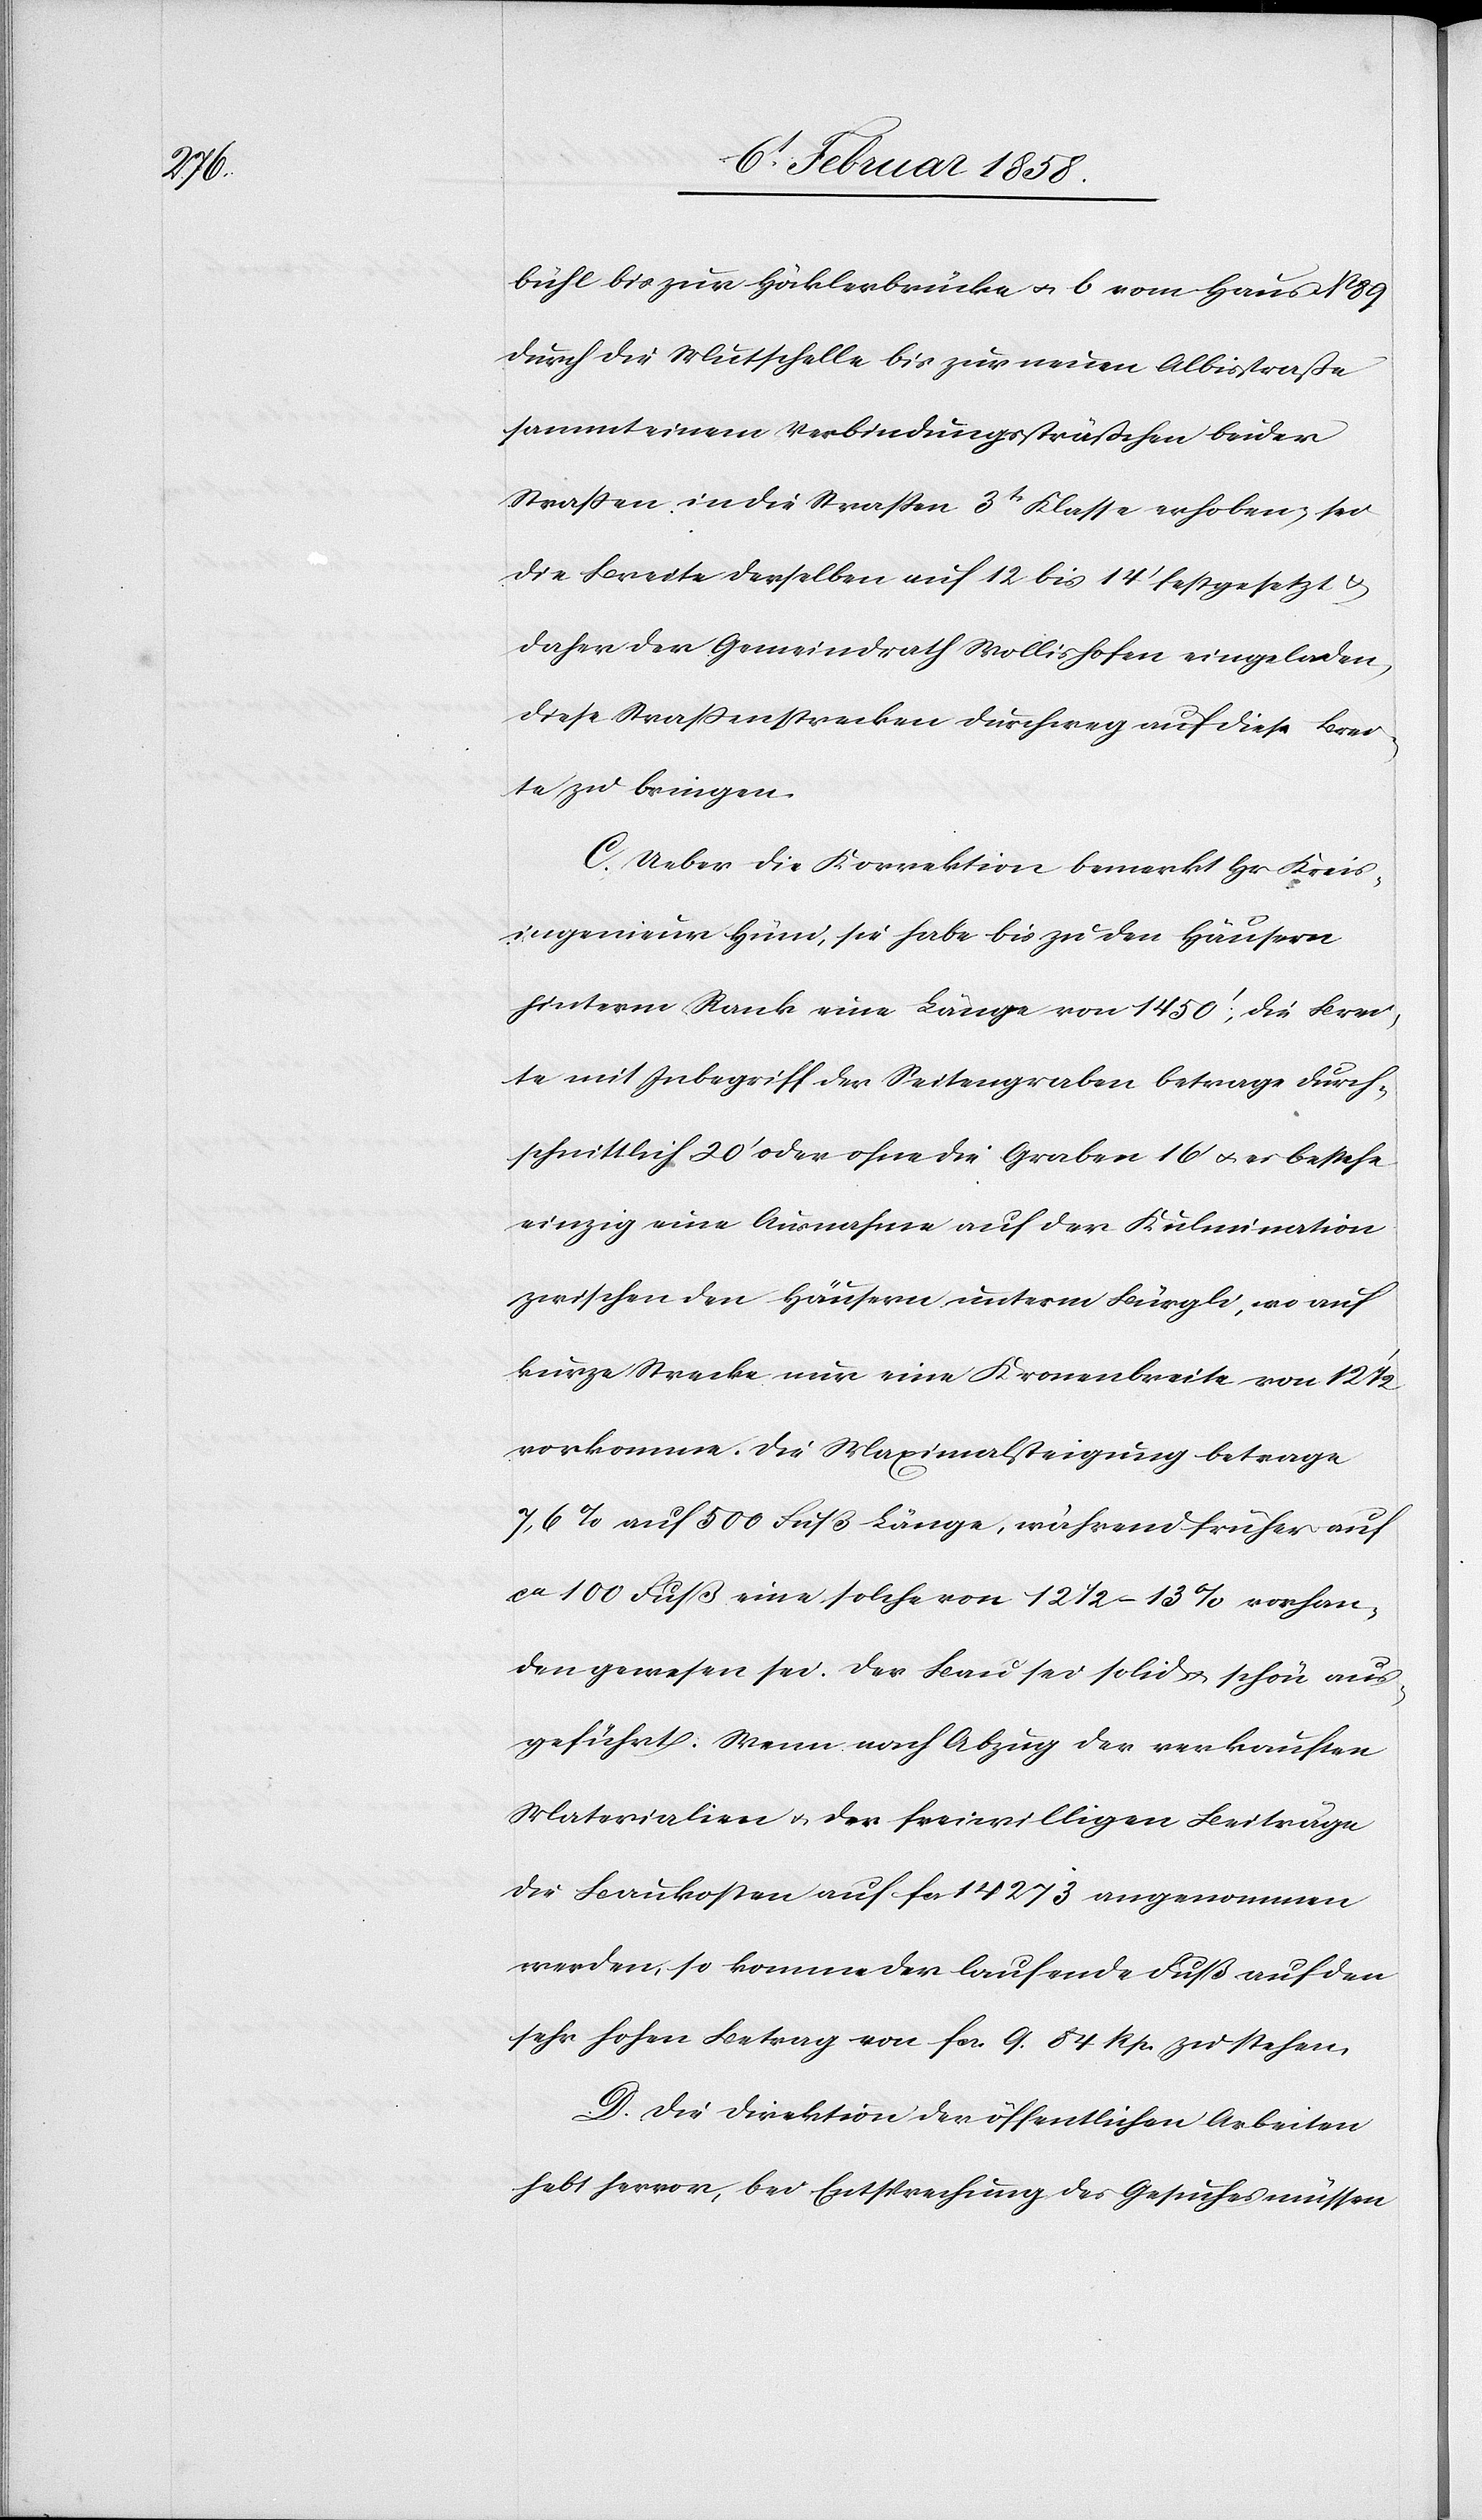
bühl bis zur Höcklerbrücke u. b. vom Haus No 89
durch die Mutschelle bis zur neuen Albisstraße
sammt einem Verbindungssträßchen beider
Straßen in die Straßen 3t Klasse erhoben; [b.] sei
die Breite derselben auf 12 bis 14’ festgesetzt u.
daher der Gemeindrath Wollishofen eingeladen,
diese Straßenstrecken durchweg auf diese Brei¬
te zu bringen.
C. Ueber die Korrektion bemerkt Hr. Kreis¬
ingenieur Hüni, sie habe bis zu den Häusern
hinterm Rank eine Länge von 1450’, die Brei¬
te mit Inbegriff der Seitengraben betrage durch¬
schnittlich 20’ oder ohne die Graben 16’ u. es bestehe
einzig eine Ausnahme auf der Kulmination
zwischen den Häusern unterm Bürgli, wo auf
kurze Strecke nur eine Kronenbreite von 12 ½’
vorkomme. Die Maximalsteigung betrage
7,6% auf 500 Fuß Länge, während früher auf
ca 100 Fuß eine solche von 12 ½–13% vorhan¬
den gewesen sei. Der Bau sei solid u. schön aus¬
geführt. Wenn nach Abzug der verkauften
Materialien u. der freiwilligen Beiträge
die Baukosten auf fcs 14 273 angenommen
werden, so komme der laufende Fuß auf den
sehr hohen Betrag von fcs. 9. 84 Rp. zu stehen.
D. Die Direktion der öffentlichen Arbeiten
hebt hervor, bei Entsprechung des Gesuches müssen